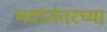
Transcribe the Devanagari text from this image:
भटांनंतरच्या